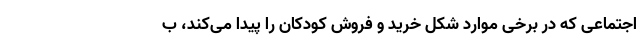
اجتماعی که در برخی موارد شکل خرید و فروش کودکان را پیدا می‌کند، ب